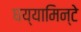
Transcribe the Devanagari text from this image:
घय्यामिन्टे